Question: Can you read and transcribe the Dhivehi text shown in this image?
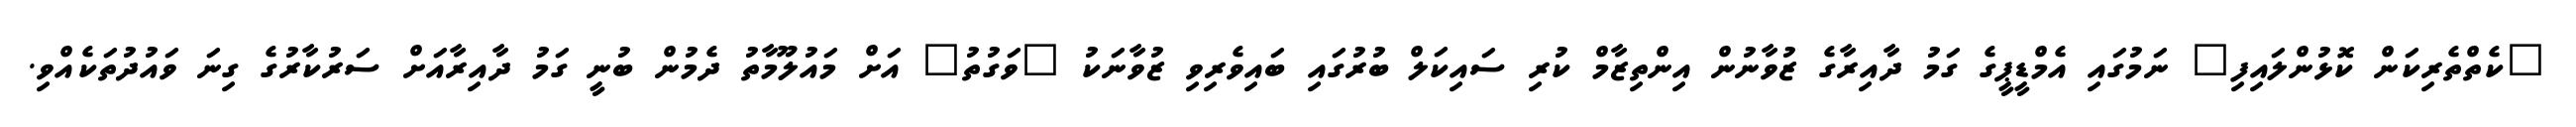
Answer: "ކެތްތެރިކަން ކޮޅުންލައިފި" ނަމުގައި އެމްޑީޕީގެ ގަމު ދާއިރާގެ ޒުވާނުން އިންތިޒާމް ކުރި ސައިކަލް ބުރުގައި ބައިވެރިވި ޒުވާނަކު "ވަގުތު" އަށް މައުލޫމާތު ދެމުން ބުނީ ގަމު ދާއިރާއަށް ސަރުކާރުގެ ގިނަ ވައުދުތަކެއްވި.